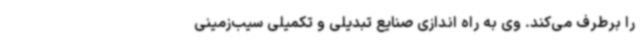
را برطرف می‌کند. وی به راه اندازی صنایع تبدیلی و تکمیلی سیب‌زمینی